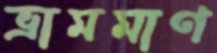
ভ্রামমাণ